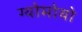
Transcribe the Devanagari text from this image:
ग्योमोयो